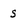
Character: s